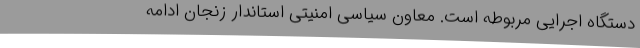
دستگاه اجرایی مربوطه است. معاون سیاسی امنیتی استاندار زنجان ادامه